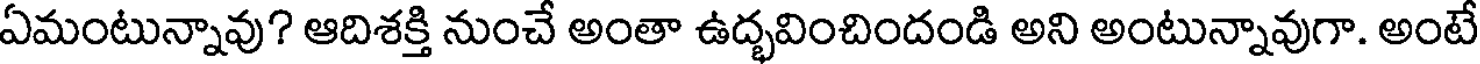
ఏమంటున్నావు? ఆదిశక్తి నుంచే అంతా ఉద్భవించిందండి అని అంటున్నావుగా. అంటే